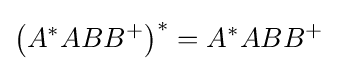
\left(A^{*}ABB^{+}\right)^{*}=A^{*}ABB^{+}